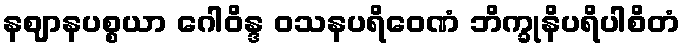
နဈာနပစ္စယာ ဂေါဝိန္ဒ ဝသနပရိဝေဏံ ဘိက္ခုနိပရိပါစိတံ